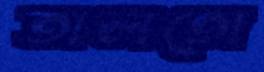
তালতো